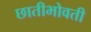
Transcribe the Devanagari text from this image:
छातीभोवती